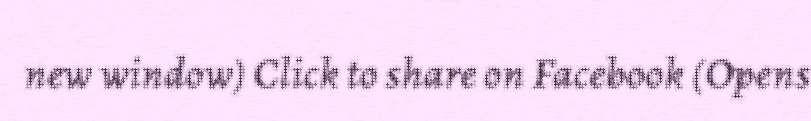
new window) Click to share on Facebook (Opens